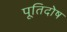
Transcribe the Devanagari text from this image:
पूतिदोष